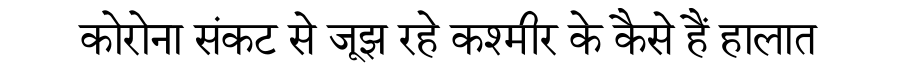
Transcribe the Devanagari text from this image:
कोरोना संकट से जूझ रहे कश्मीर के कैसे हैं हालात